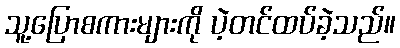
သူ့ပြောစကားများကို ပဲ့တင်ထပ်ခဲ့သည်။